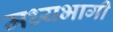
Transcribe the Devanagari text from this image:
मध्‍यभागी